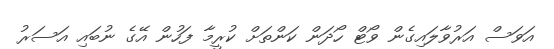
އަވަސް އަރުވާލައިގެން ވޯޓް ހޯދަން ކަންތަށް ކުރީމާ ފަހުން އޭގެ ނުބައި އަސަރު